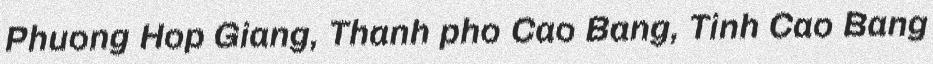
Phuong Hop Giang, Thanh pho Cao Bang, Tinh Cao Bang